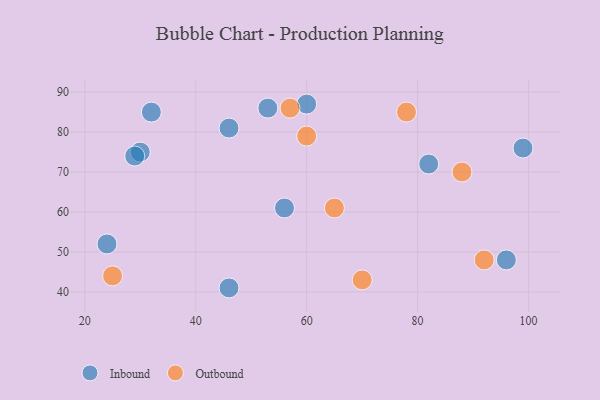
{"axis": {"x": "GDP", "y": "Life Expectancy"}, "legend": ["Inbound", "Outbound"], "data": [{"x": "99", "y": 76, "type": "Inbound"}, {"x": "32", "y": 85, "type": "Inbound"}, {"x": "46", "y": 81, "type": "Inbound"}, {"x": "82", "y": 72, "type": "Inbound"}, {"x": "30", "y": 75, "type": "Inbound"}, {"x": "56", "y": 61, "type": "Inbound"}, {"x": "46", "y": 41, "type": "Inbound"}, {"x": "60", "y": 87, "type": "Inbound"}, {"x": "53", "y": 86, "type": "Inbound"}, {"x": "29", "y": 74, "type": "Inbound"}, {"x": "96", "y": 48, "type": "Inbound"}, {"x": "24", "y": 52, "type": "Inbound"}, {"x": "25", "y": 44, "type": "Outbound"}, {"x": "78", "y": 85, "type": "Outbound"}, {"x": "60", "y": 79, "type": "Outbound"}, {"x": "57", "y": 86, "type": "Outbound"}, {"x": "65", "y": 61, "type": "Outbound"}, {"x": "70", "y": 43, "type": "Outbound"}, {"x": "88", "y": 70, "type": "Outbound"}, {"x": "92", "y": 48, "type": "Outbound"}]}